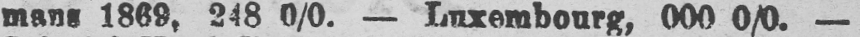
mans 1869, 248 0/0. - Luxembourg, 000 0/0.-